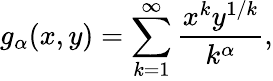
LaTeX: g_{\alpha}(x,y)=\sum_{k=1}^{\infty}\frac{x^{k}y^{1/k}}{k^{\alpha}},